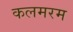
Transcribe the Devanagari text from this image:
कलमरम